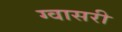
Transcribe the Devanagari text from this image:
ग्वासरी